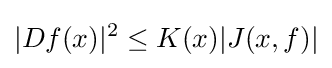
|Df(x)|^{2}\leq K(x)|J(x,f)|